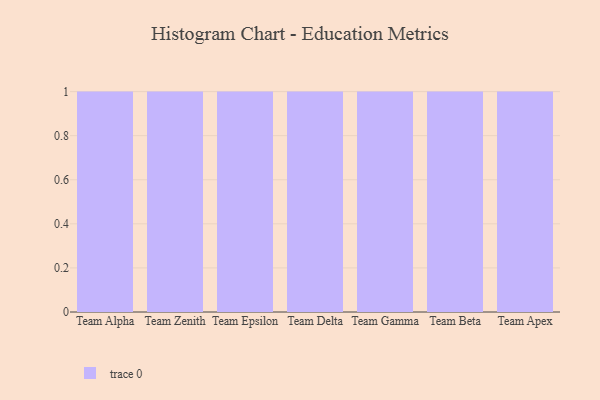
{"axis": {"x": "Team", "y": "Churn Rate (%)"}, "legend": [""], "data": [{"x": "Team Alpha", "y": 22, "type": ""}, {"x": "Team Zenith", "y": 36, "type": ""}, {"x": "Team Epsilon", "y": 2, "type": ""}, {"x": "Team Delta", "y": 36, "type": ""}, {"x": "Team Gamma", "y": 75, "type": ""}, {"x": "Team Beta", "y": 39, "type": ""}, {"x": "Team Apex", "y": 37, "type": ""}]}